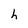
Character: h